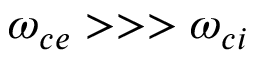
\omega _ { c e } > > > \omega _ { c i }